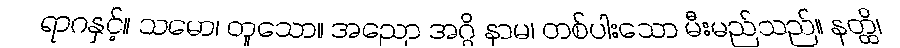
ရာဂနှင့်။ သမော၊ တူသော။ အညော အဂ္ဂိ နာမ၊ တစ်ပါးသော မီးမည်သည်။ နတ္ထိ၊